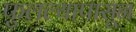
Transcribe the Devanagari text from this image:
फुलल्यापासून